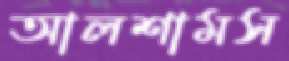
আলশামস